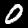
Label: 0